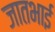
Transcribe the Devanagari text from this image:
जातभाई